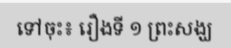
ទៅចុះ៖ រឿងទី ១ ព្រះសង្ឃ